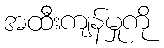
အထီးကျန်မှုကို